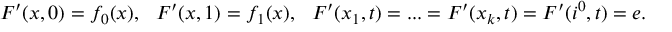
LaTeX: F ^ { \prime } ( x , 0 ) = f _ { 0 } ( x ) , \: \: \: F ^ { \prime } ( x , 1 ) = f _ { 1 } ( x ) , \: \: \: F ^ { \prime } ( x _ { 1 } , t ) = . . . = F ^ { \prime } ( x _ { k } , t ) = F ^ { \prime } ( i ^ { 0 } , t ) = e .